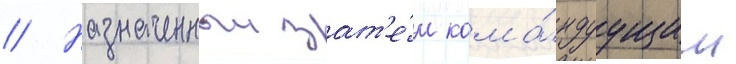
// Назначенныи зат'е́м кома́ндуущим